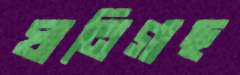
ঘানিগাছ